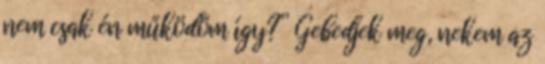
nem csak én működöm így?” Gebedjek meg, nekem az